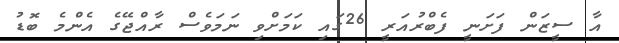
އާ ސީޒަން ފަށަނީ ފެބްރުއަރީ 26ގައި ކަމަށްވި ނަމަވެސް ރާއްޖޭގެ އެންމެ ބޮޑު